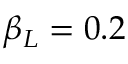
\beta _ { L } = 0 . 2